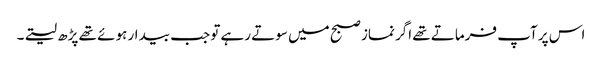
اس پر آپ فرماتے تھے اگر نماز صبح میں سوتے رہے تو جب بیدار ہوئے تھے پڑھ لیتے۔